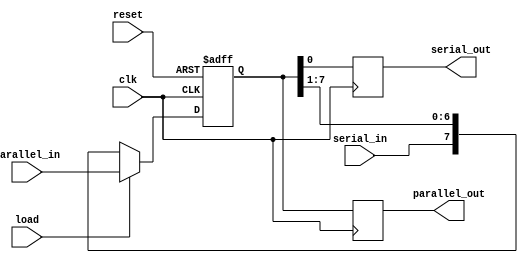
module ShiftRegister #(parameter WIDTH = 8, // Parameterized width
                       parameter SHIFT_DIR = 0 // 0 for right shift, 1 for left shift
                      )(
    input wire clk,                     // Clock signal
    input wire reset,                   // Asynchronous reset signal
    input wire [WIDTH-1:0] parallel_in, // Parallel input data (for loading)
    input wire serial_in,               // Serial input data (for shifting)
    input wire load,                    // Load control signal (1 to load parallel data)
    output reg [WIDTH-1:0] parallel_out, // Parallel output data
    output reg serial_out               // Serial output data
);

    // Internal register to hold the shift register data
    reg [WIDTH-1:0] shift_reg;

    // Synchronous operation on clock edge
    always @(posedge clk or posedge reset) begin
        if (reset) begin
            // Asynchronous reset
            shift_reg <= {WIDTH{1'b0}}; // Set all bits to 0
        end else if (load) begin
            // Load parallel data
            shift_reg <= parallel_in;
        end else begin
            // Shift operation
            if (SHIFT_DIR == 0) begin
                // Right shift
                shift_reg <= {serial_in, shift_reg[WIDTH-1:1]};
            end else begin
                // Left shift
                shift_reg <= {shift_reg[WIDTH-2:0], 1'b0}; // Shift left and fill with 0
            end
        end
    end

    // Assignments for output ports
    always @(posedge clk) begin
        parallel_out <= shift_reg;       // Parallel output
        serial_out <= shift_reg[0];      // Serial output (LSB for right shift)
    end

endmodule